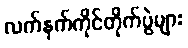
လက်နက်ကိုင်တိုက်ပွဲများ